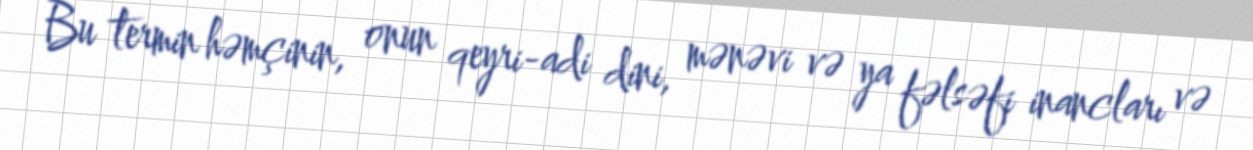
Bu termin həmçinin, onun qeyri-adi dini, mənəvi və ya fəlsəfi inancları və